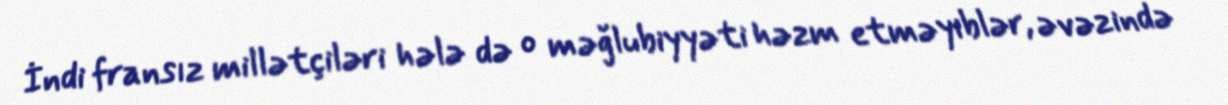
İndi fransız millətçiləri hələ də o məğlubiyyəti həzm etməyiblər, əvəzində